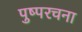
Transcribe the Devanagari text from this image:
पुष्परचना